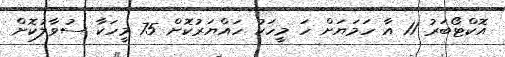
އޮކްޓޯބަރު 11 އާ ހަމަޔަށް ހަ މީހަކު ހައްޔަރުކޮށް 75 މީހަކާ ސުވާލުކޮށް